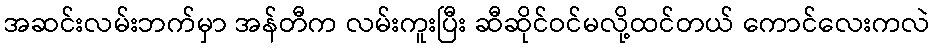
အဆင်းလမ်းဘက်မှာ အန်တီက လမ်းကူးပြီး ဆီဆိုင်ဝင်မလို့ထင်တယ် ကောင်လေးကလဲ